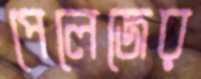
পেলেজের